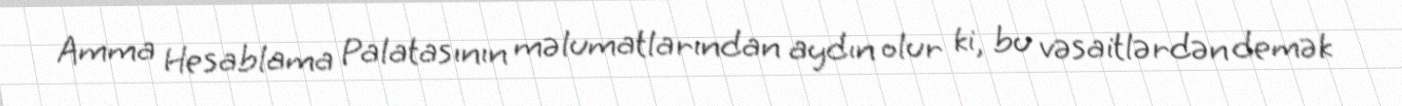
Amma Hesablama Palatasının məlumatlarından aydın olur ki, bu vəsaitlərdən demək